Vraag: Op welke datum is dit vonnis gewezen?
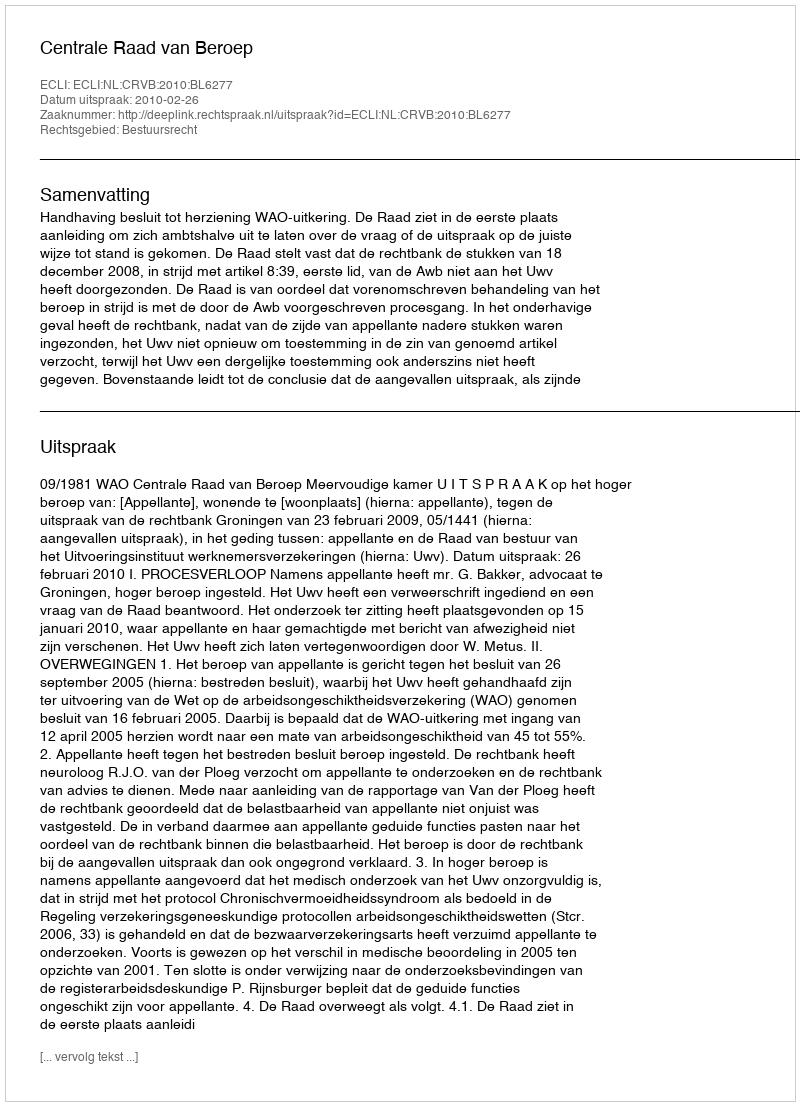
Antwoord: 2010-02-26